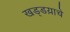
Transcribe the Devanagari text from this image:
खड्डय़ाचे